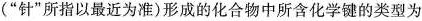
(”针”所指以最近为准)形成的化合物中所含化学键的类型为